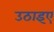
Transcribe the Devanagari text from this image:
उठाइए